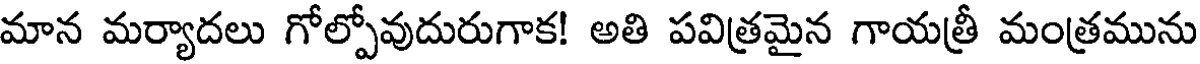
మాన మర్యాదలు గోల్పోవుదురుగాక! అతి పవిత్రమైన గాయత్రీ మంత్రమును